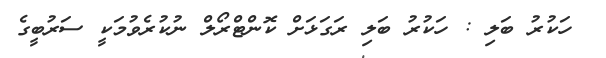
ހަކުރު ބަލި : ހަކުރު ބަލި ރަގަޅަށް ކޮންޓްރޯލް ނުކުރެވުމަކީ ސަރުބީގެ